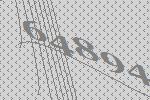
64894